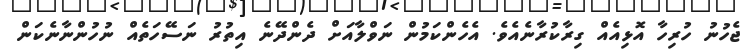
ޖެހުނު ހުރިހާ އޮޅިއެއް ގިރާކުރާނެއެވެ. އެހެންކަމުން ނަވްލާއަށް ދެންދޭނެ އިތުރު ނަސޭހަތެއް ނުހުންނާނެކަން